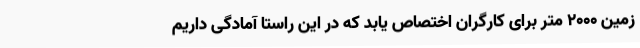
زمین 2000 متر برای کارگران اختصاص یابد که در این راستا آمادگی داریم